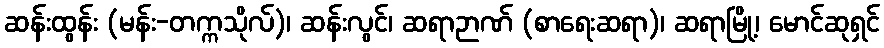
ဆန်းထွန်း (မန်း-တက္ကသိုလ်)၊ ဆန်းလွင်၊ ဆရာဉာဏ် (စာရေးဆရာ)၊ ဆရာမြို့၊ မောင်ဆုရှင်